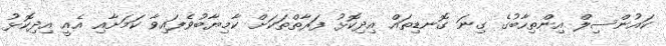
ކައުންސިލް އިންތިހާބުގެ ގިނަ ގޮނޑިތައް އިދިކޮޅު ފަރާތްތަކަށް ކާމިޔާބުވެފައިވާ ކަމަށާއި އެއީ އިދިކޮޅު